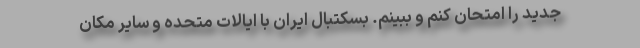
جدید را امتحان کنم و ببینم. بسکتبال ایران با ایالات متحده و سایر مکان